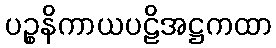
ပဉ္စနိကာယပဠိအဋ္ဌကထာ